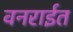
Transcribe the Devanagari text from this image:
वनराईत